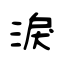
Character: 淚